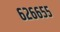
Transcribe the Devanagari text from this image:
६२६६५५